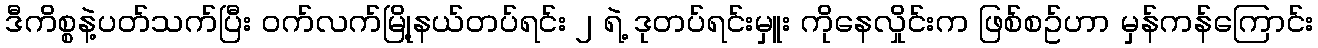
ဒီကိစ္စနဲ့ပတ်သက်ပြီး ဝက်လက်မြို့နယ်တပ်ရင်း ၂ ရဲ့ ဒုတပ်ရင်းမှူး ကိုနေလှိုင်းက ဖြစ်စဥ်ဟာ မှန်ကန်ကြောင်း